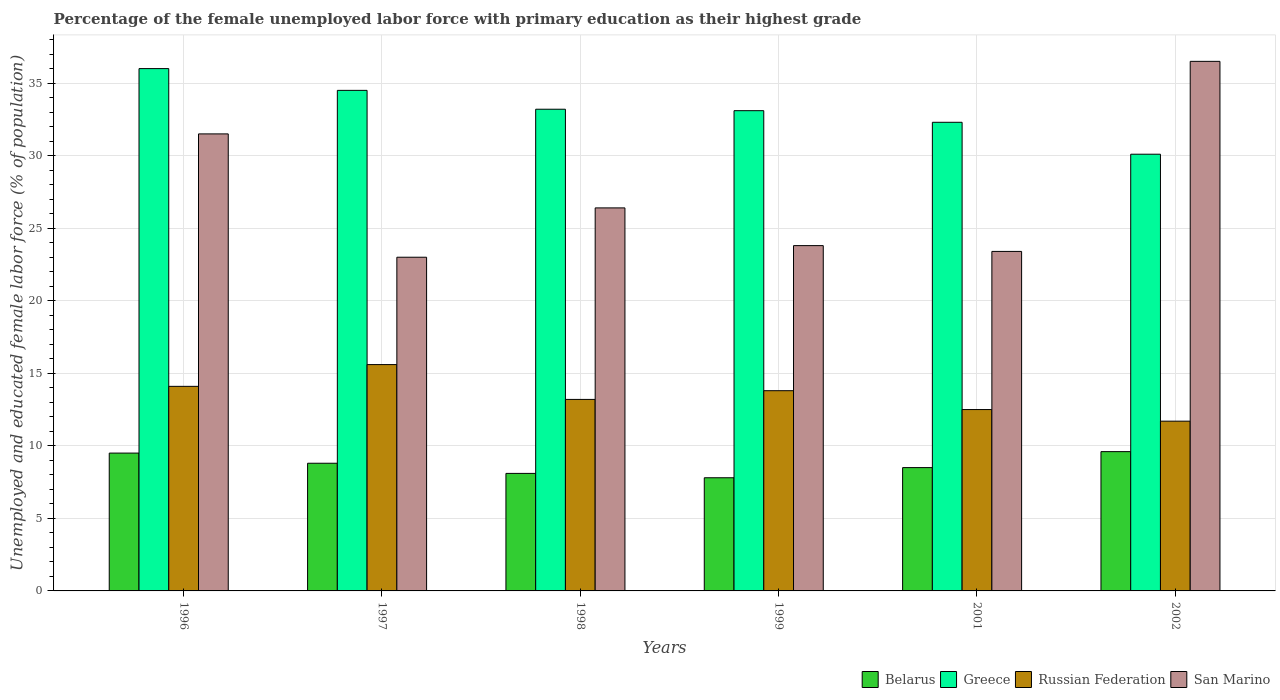
| Years | Belarus | Greece | Russian Federation | San Marino |
 | --- | --- | --- | --- | --- |
 | 1996 | 9.5 | 36 | 14.1 | 31.5 |
 | 1997 | 8.8 | 34.5 | 15.6 | 23 |
 | 1998 | 8.1 | 33.2 | 13.2 | 26.4 |
 | 1999 | 7.8 | 33.1 | 13.8 | 23.8 |
 | 2001 | 8.5 | 32.3 | 12.5 | 23.4 |
 | 2002 | 9.6 | 30.1 | 11.7 | 36.5 |